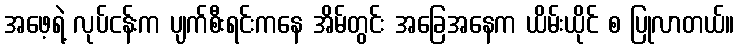
အဖေ့ရဲ့ လုပ်ငန်းက ပျက်စီးရင်းကနေ အိမ်တွင်း အခြေအနေက ယိမ်းယိုင် စ ပြုလာတယ်။